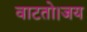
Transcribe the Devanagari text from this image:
वाटतो।जय